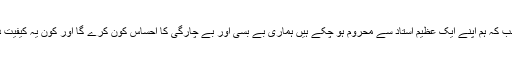
اس وقت جب کہ ہم اپنے ایک عظیم استاد سے محروم ہو چکے ہیں ہماری بے بسی اور بے چارگی کا احساس کون کرے گا اور کون یہ کیفیت دیکھے گا۔